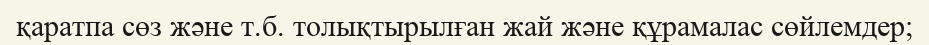
қаратпа сөз және т.б. толықтырылған жай және құрамалас сөйлемдер;